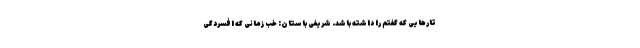
تارهایی که گفتم را داشته باشد. شریفی باستان: خب زمانی که افسردگی